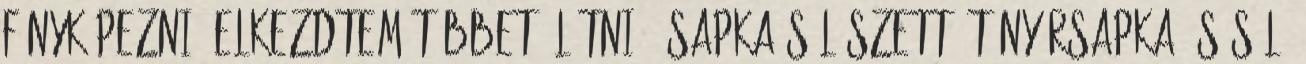
fényképezni. elkezdtem többet "látni". Sapka-sál szett. Tányérsapka és sál.